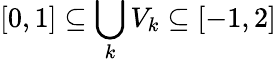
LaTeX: [0,1]\subseteq\bigcup_{k}V_{k}\subseteq[-1,2]